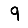
Digit: 9